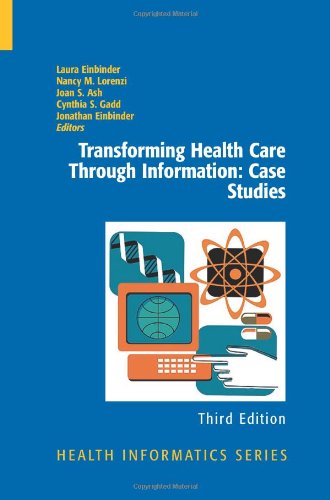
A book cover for Transforming Health Care Through Information: Case Studies (Health Informatics); Computers & Technology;